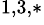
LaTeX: {}^{1,3,*}